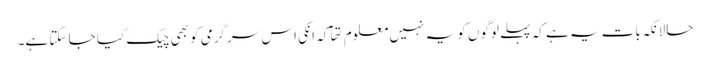
حالانکہ بات یہ ہے کہ پہلے لوگوں کو یہ نہیں معلوم تھآ کہ انکی اس سرگرمی کو بھی چیک کیا جا سکتا ہے۔